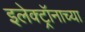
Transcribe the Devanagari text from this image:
इलेक्ट्रॉनाच्या